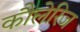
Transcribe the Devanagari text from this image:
कौलेरिज